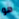
هو